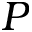
P